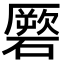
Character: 𥕳